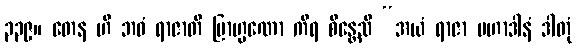
၃၃၉။ တေန ဟိ ဘဝံ ရာဇာတိ ဗြာဟ္မဏော ကိရ စိန္တေသိ “အယံ ရာဇာ မဟာဒါနံ ဒါတုံ